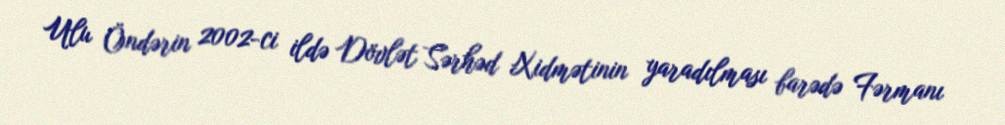
Ulu Öndərin 2002-ci ildə Dövlət Sərhəd Xidmətinin yaradılması barədə Fərmanı